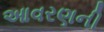
આવરણની